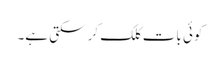
کوئی بات کلک کر سکتی ہے۔